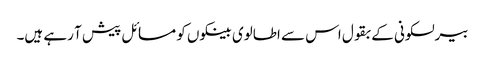
بیرلسکونی کے بقول اس سے اطالوی بینکوں کو مسائل پیش آ رہے ہیں۔